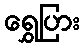
ရွှေပြား